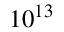
1 0 ^ { 1 3 }